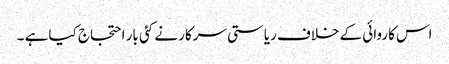
اس کاروائی کے خلاف ریاستی سرکار نے کئی بار احتجاج کیا ہے ۔